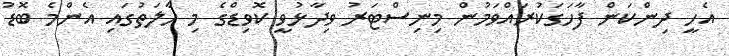
އެހީ ދިންކަން ފާހަގަކުރައްވަމުން މިނިސްޓަރު ވިދާޅުވީ ކޮވިޑްގެ މި ހާލަތުގައި އެންމެ ބޮޑު